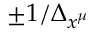
{ \pm 1 / \Delta _ { x ^ { \mu } } }